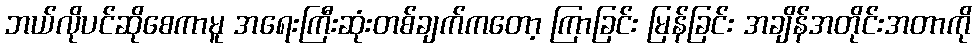
ဘယ်လိုပင်ဆိုစေကာမူ အရေးကြီးဆုံးတစ်ချက်ကတော့ ကြာခြင်း မြန်ခြင်း အချိန်အတိုင်းအတာကို